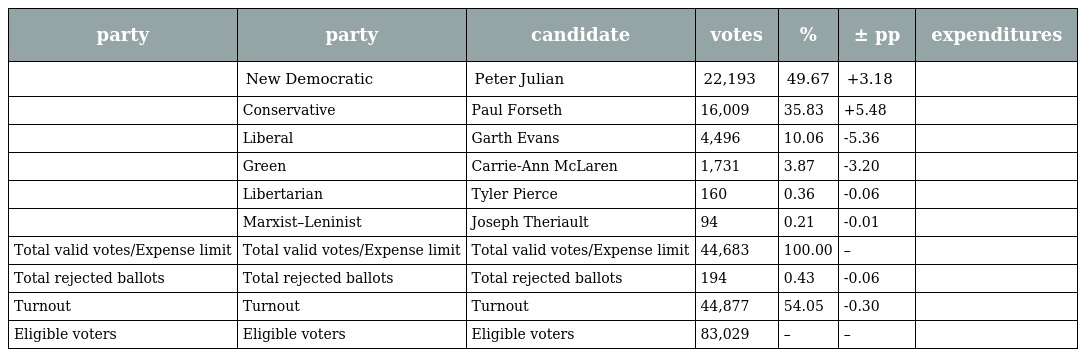
| party | party | candidate | votes | % | ± pp | expenditures |
 | --- | --- | --- | --- | --- | --- | --- |
 |  | New Democratic | Peter Julian | 22,193 | 49.67 | +3.18 |  |
 |  | Conservative | Paul Forseth | 16,009 | 35.83 | +5.48 |  |
 |  | Liberal | Garth Evans | 4,496 | 10.06 | -5.36 |  |
 |  | Green | Carrie-Ann McLaren | 1,731 | 3.87 | -3.20 |  |
 |  | Libertarian | Tyler Pierce | 160 | 0.36 | -0.06 |  |
 |  | Marxist–Leninist | Joseph Theriault | 94 | 0.21 | -0.01 |  |
 | Total valid votes/Expense limit | Total valid votes/Expense limit | Total valid votes/Expense limit | 44,683 | 100.00 | – |  |
 | Total rejected ballots | Total rejected ballots | Total rejected ballots | 194 | 0.43 | -0.06 |  |
 | Turnout | Turnout | Turnout | 44,877 | 54.05 | -0.30 |  |
 | Eligible voters | Eligible voters | Eligible voters | 83,029 | – | – |  |